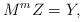
LaTeX: \begin{align*} M^m Z = Y , \end{align*}